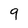
Character: 9